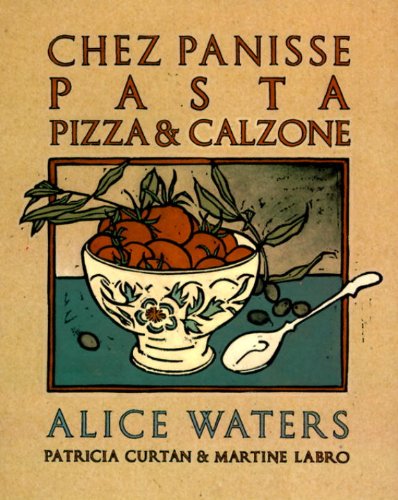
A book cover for Chez Panisse Pasta, Pizza, Calzone (Chez Panisse Cookbook Library); Alice Waters; Cookbooks, Food & Wine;